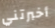
أخبرتني